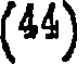
(44)